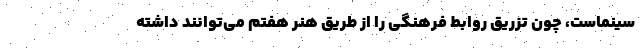
سینماست، چون تزریق روابط فرهنگی را از طریق هنر هفتم می‌توانند داشته